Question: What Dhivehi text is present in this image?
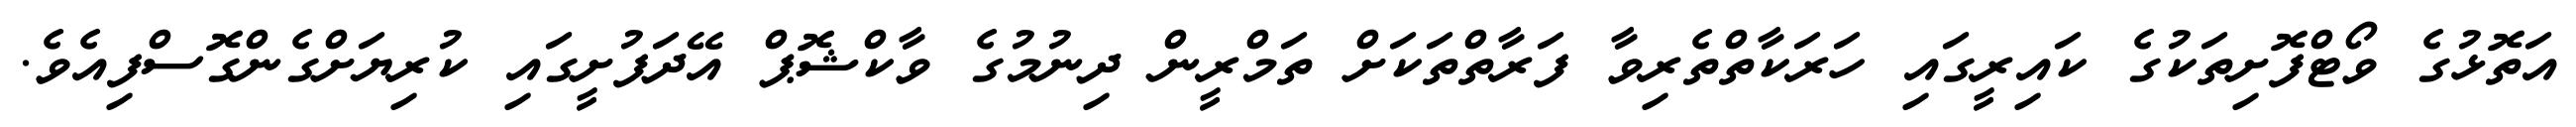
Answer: އަތޮޅުގެ ވޯޓްފޮށިތަކުގެ ކައިރީގައި ހަރަކާތްތެރިވާ ފަރާތްތަކަށް ތަމްރީން ދިނުމުގެ ވާކްޝޮޕް އޭދަފުށީގައި ކުރިޔަށްގެންގޮސްފިއެވެ.